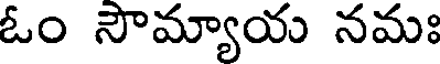
ఓం సౌమ్యాయ నమః